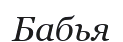
Бабья